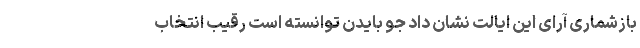
بازشماری آرای این ایالت نشان داد جو بایدن توانسته است رقیب انتخاب